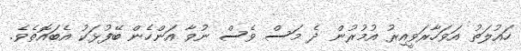
ހައުލަތު އަވަހާރަވީއިރު އުމުރުން ދެ މަސް ވެސް ނުވާ އަންހެން ބޭފުޅަކު އެބައޮތެވެ.